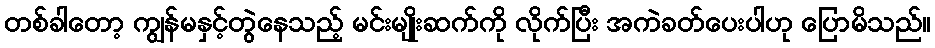
တစ်ခါတော့ ကျွန်မနှင့်တွဲနေသည့် မင်းမျိုးဆက်ကို လိုက်ပြီး အကဲခတ်ပေးပါဟု ပြောမိသည်။